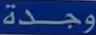
وجدة